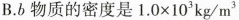
B.b物质的密度是$$1 . 0 \times 1 0 ^ { 3 } k g / m ^ { 3 }$$